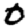
Digit: 0